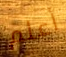
أعلم